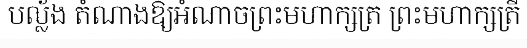
បល្ល័ង តំណាងឱ្យអំណាចព្រះមហាក្សត្រ ព្រះមហាក្សត្រី